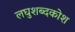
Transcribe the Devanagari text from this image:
लघुशब्दकोश